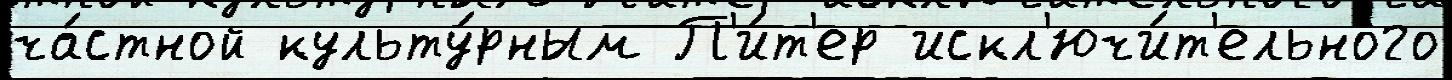
ча́стной культу́рным П'и́т'ер искл'ючи́т'ельного